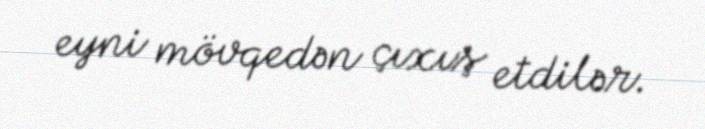
eyni mövqedən çıxış etdilər.